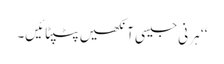
‘‘ ہرنی جیسی آنکھیں پٹپٹائیں۔